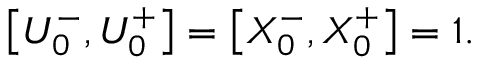
\left[ U _ { 0 } ^ { - } , U _ { 0 } ^ { + } \right] = \left[ X _ { 0 } ^ { - } , X _ { 0 } ^ { + } \right] = 1 .